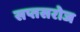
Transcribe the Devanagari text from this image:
सप्तसरोज